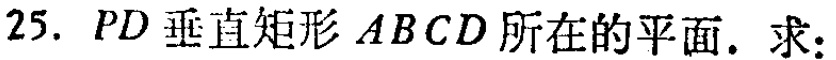
$25.\ PD\perp矩形ABCD所在的平面. 求:$